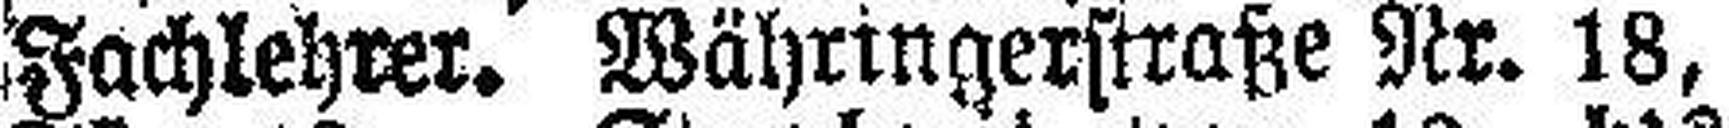
Fachlehrer. Währingerstraße Nr. 18,